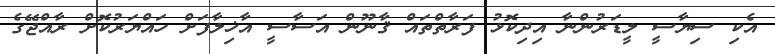
އެކި ސިޔާސީ ލީޑަރުންނާ އިދިކޮޅު ފަރާތްތައް ޤާނޫން އަސާސީ އާޚިލާފަށް ހައްޔަރުކޮށް ރާއްޖޭގެ